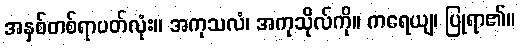
အနှစ်တစ်ရာပတ်လုံး။ အကုသလံ၊ အကုသိုလ်ကို။ ကရေယျ၊ ပြုရာ၏။